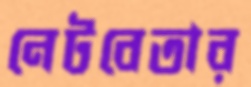
নেটবেতার